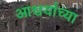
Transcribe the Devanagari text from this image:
आश्चर्यांच्या